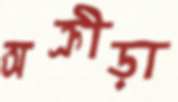
অক্রীড়া